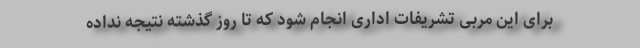
برای این مربی تشریفات اداری انجام شود که تا روز گذشته نتیجه نداده